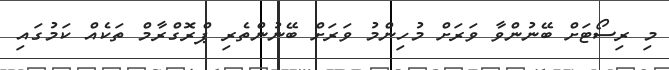
މި ރިސޯޓަށް ބޭނުންވާ ވަރަށް މުހިންމު ވަރަށް ބޭނުންތެރި ޕްރޮގްރާމް ތަކެއް ކަމުގައި